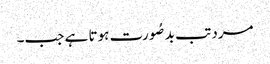
مرد تب بدصُورت ہوتا ہے جب۔